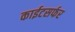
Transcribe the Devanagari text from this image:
काईटसर्फर